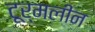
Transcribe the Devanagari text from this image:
टूर्मलीन